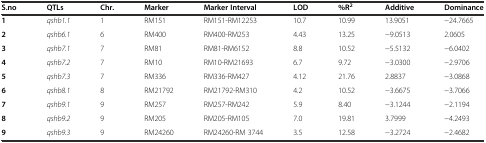
| S.no | QTLs | Chr. | Marker | Marker Interval | LOD | %R2 | Additive | Dominance |
 | --- | --- | --- | --- | --- | --- | --- | --- | --- |
 | 1 | qshb1.1 | 1 | RM151 | RM151-RM12253 | 10.7 | 10.99 | 13.9051 | −24.7665 |
 | 2 | qshb6.1 | 6 | RM400 | RM400-RM253 | 4.43 | 13.25 | −9.0513 | 2.0605 |
 | 3 | qshb7.1 | 7 | RM81 | RM81-RM6152 | 8.8 | 10.52 | −5.5132 | −6.0402 |
 | 4 | qshb7.2 | 7 | RM10 | RM10-RM21693 | 6.7 | 9.72 | −3.0300 | −2.9706 |
 | 5 | qshb7.3 | 7 | RM336 | RM336-RM427 | 4.12 | 21.76 | 2.8837 | −3.0868 |
 | 6 | qshb8.1 | 8 | RM21792 | RM21792-RM310 | 4.2 | 10.52 | −3.6675 | −3.7066 |
 | 7 | qshb9.1 | 9 | RM257 | RM257-RM242 | 5.9 | 8.40 | −3.1244 | −2.1194 |
 | 8 | qshb9.2 | 9 | RM205 | RM205-RM105 | 7.0 | 19.81 | 3.7999 | −4.2493 |
 | 9 | qshb9.3 | 9 | RM24260 | RM24260-RM 3744 | 3.5 | 12.58 | −3.2724 | −2.4682 |